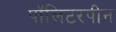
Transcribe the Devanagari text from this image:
पॉलिटरपीन